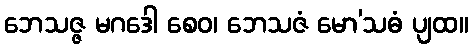
ဘေသဇ္ဇ မဂဒေါ စေဝ၊ ဘေသဇံ မော’သဓံ ပျထ။